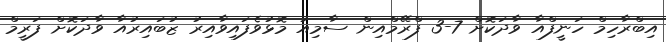
އިބްރާހިމް ހަނީފްއާ ވާދަކޮށް 7-3 ފްރޭމްއިން ސާމިއު މޮޅުވެފައިވާއިރު ޒުބައިރުއާ ވާދަކޮށް ފަރީމް